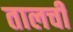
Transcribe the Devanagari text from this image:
तालची